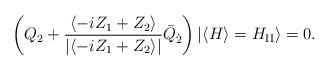
LaTeX: \begin{align*}\left(Q_2 + \frac{\langle -i Z_1+Z_2 \rangle}{|\langle -i Z_1+Z_2 \rangle|}\bar{Q}_{\dot{2}}\right)| \langle H \rangle=H_{\rm II} \rangle =0.\end{align*}